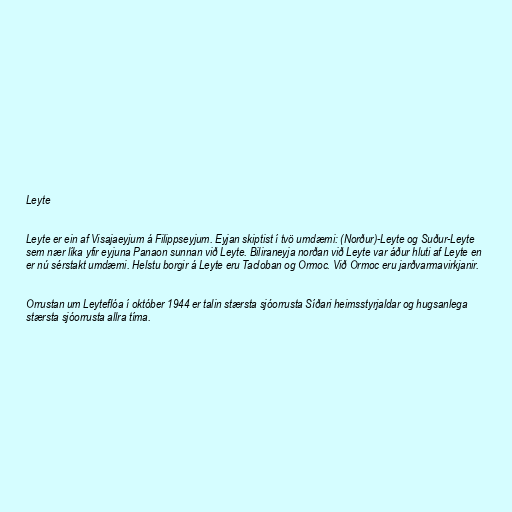
Leyte

Leyte er ein af Visajaeyjum á Filippseyjum. Eyjan skiptist í tvö umdæmi: (Norður)-Leyte og Suður-Leyte
sem nær líka yfir eyjuna Panaon sunnan við Leyte. Biliraneyja norðan við Leyte var áður hluti af Leyte en
er nú sérstakt umdæmi. Helstu borgir á Leyte eru Tacloban og Ormoc. Við Ormoc eru jarðvarmavirkjanir.

Orrustan um Leyteflóa í október 1944 er talin stærsta sjóorrusta Síðari heimsstyrjaldar og hugsanlega
stærsta sjóorrusta allra tíma.